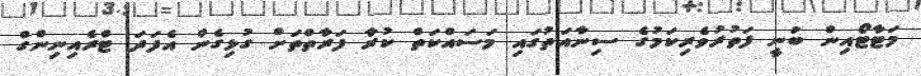
މަޓާޓޯއިން ބުނީ ފަތުރުވެރިކަމުގެ ސިނާއަތުގައި މަސައްކަތް ކުރާ ފަރާތްތަށް ގުޅިގެން އެފަދަ ޓްރެއިނިންގް